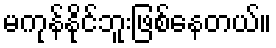
မကုန်နိုင်ဘူးဖြစ်နေတယ်။